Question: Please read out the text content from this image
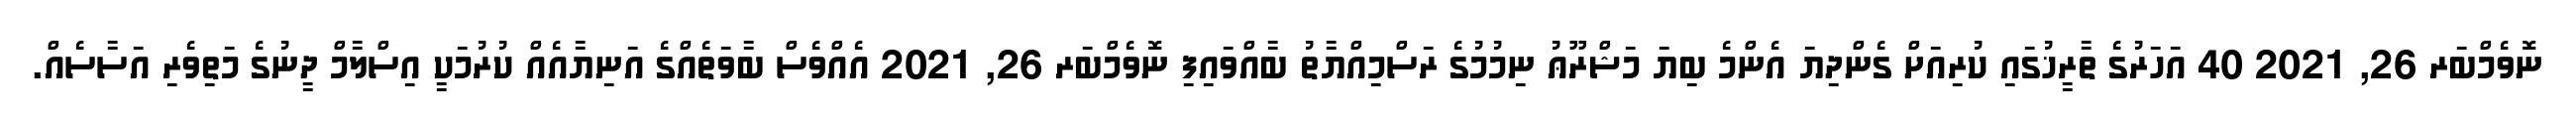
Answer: ނޮވެމްބަރ 26, 2021 40 އަހަރުގެ ތާރީޚުގައި ކުރިއަށް ގެންދިޔަ އެންމެ ބިޔަ މަޝްރޫޢު ނިމުމުގެ ރަސްމިއްޔާތު ބާއްވައިފި ނޮވެމްބަރ 26, 2021 އެއްވެސް ބާވަތެއްގެ އަނިޔާއެއް ކުރުމަކީ އިސްލާމް ދީނުގެ މަތިވެރި އަސާސެއް.